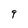
Character: q